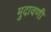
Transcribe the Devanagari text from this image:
मुदावणी